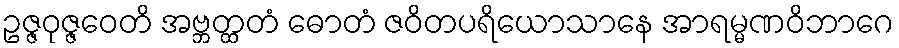
ဥဇ္ဇဝုဇ္ဇဝေတိ အဗ္ဘတ္ထတံ ဓောတံ ဇဝိတပရိယောသာနေ အာရမ္မဏဝိဘာဂေ